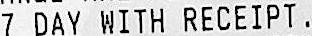
7 DAY WITH RECEIPT.